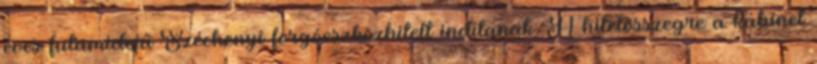
éves futamidejű Széchenyi forgóeszközhitelt indítanak. A hitelösszegre a kabinet